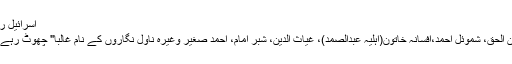
اسرائیل رضا:
حسین الحق، شموئل احمد،افسانہ خاتون(اہلیہ عبدالصمد)، غیاث الدین، شبر امام، احمد صغیر وغیرہ ناول نگاروں کے نام غالبا" چھوٹ رہے ہیں۔